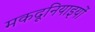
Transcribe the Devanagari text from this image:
मकदूनियाइयों